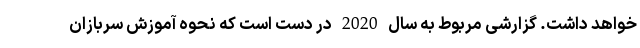
خواهد داشت. گزارشی مربوط به سال 2020 در دست است که نحوه آموزش سربازان